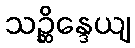
သဉ္ဆိန္ဒေယျ